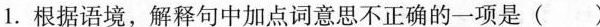
1.根据语境，解释句中加点词意思不正确的一项是( )